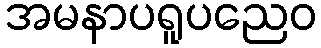
အမနာပရူပညေဝ